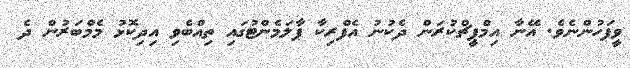
ވީފަހުންނެވެ. އޭނާ އިމްޕީޗްކުރަން ދެކުނު އެފްރިކާ ޕާލަމެންޓުގައި ތިއްބެވި އިދިކޮޅު މެމްބަރުން ދެ